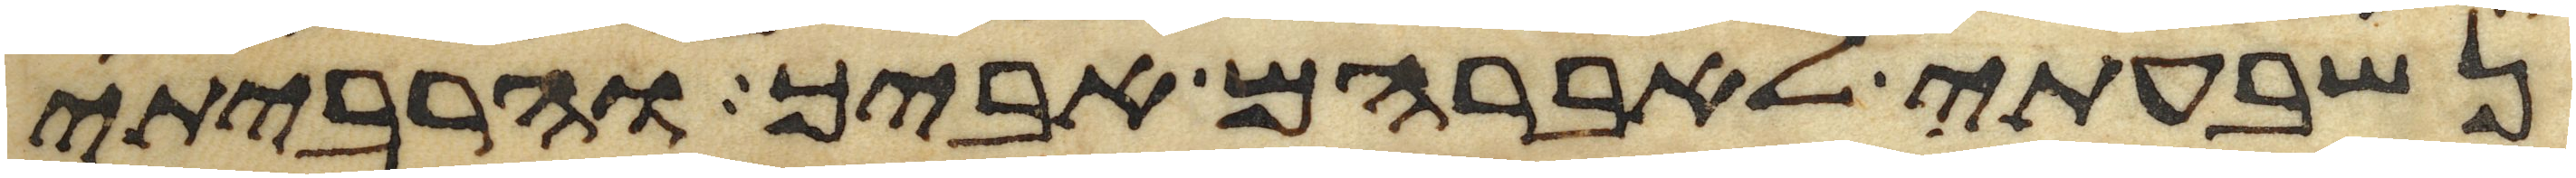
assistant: נשבעתי לאברהם אביך והרביתי